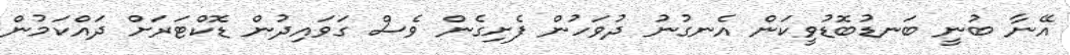
އޭނާ ބުނީ ބަނޑުބޮޑުވީކަން އެނގުނު ދުވަހުން ފެށިގެން ވެސް ގަވައިދުން ޑޮކްޓަރަށް ދައްކަމުން